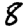
Digit: 8